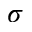
\sigma